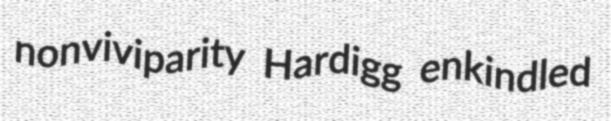
nonviviparity Hardigg enkindled